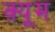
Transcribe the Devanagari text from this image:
क़्यूम